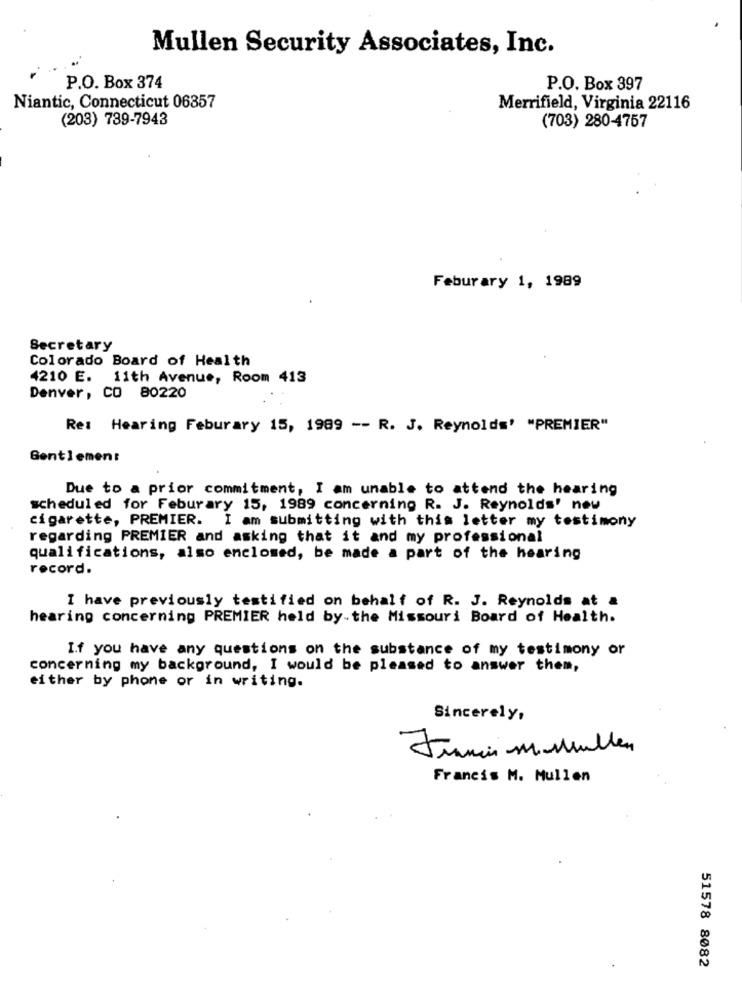
Mullen Security Associates, Inc.
P.O. Box 374
P.O. Box 397
Niantic, Connecticut 06357
Merrifield, Virginia 22116
(203) 789-7943
(703) 280-4757
Feburary 1, 1989
Secretary
Colorado Board of Health
4210 E. 11th Avenue, Room 413
Denver, CO 80220
Re: Hearing Feburary 15, 1989 -- R. J. Reynolds' "PREMIER"
Gentlemen:
Due to a prior commitment, I am unable to attend the hearing
scheduled for Feburary 15, 1989 concerning R. J. Reynolds' new
cigarette, PREMIER. I am submitting with this letter my testimony
regarding PREMIER and asking that it and my professional
qualifications, also enclosed, be made a part of the hearing
record.
I have previously testified on behalf of R. J. Reynolds at a
hearing concerning PREMIER held by.the Missouri Board of Health.
If you have any questions on the substance of my testimony or
concerning my background, I would be pleased to answer them,
either by phone or in writing.
Sincerely,
Framis mashullen
Francis M. Mullen
51578 8082